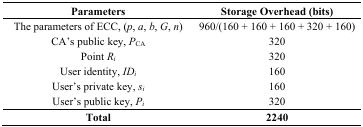
<table><thead><tr><td><b>Parameters</b></td><td><b>Storage Overhead (bits)</b></td></tr></thead><tbody><tr><td>The parameters of ECC, (<i>p</i>, <i>a</i>, <i>b</i>, <i>G</i>, <i>n</i>)</td><td>960/(160 + 160 + 160 + 320 + 160)</td></tr><tr><td>CA’s public key, <i>P</i><sub>CA</sub></td><td>320</td></tr><tr><td>Point <i>R<sub>i</sub></i></td><td>320</td></tr><tr><td>User identity, <i>ID<sub>i</sub></i></td><td>160</td></tr><tr><td>User’s private key, <i>s<sub>i</sub></i></td><td>160</td></tr><tr><td>User’s public key, <i>P<sub>i</sub></i></td><td>320</td></tr><tr><td><b>Total</b></td><td><b>2240</b></td></tr></tbody></table>